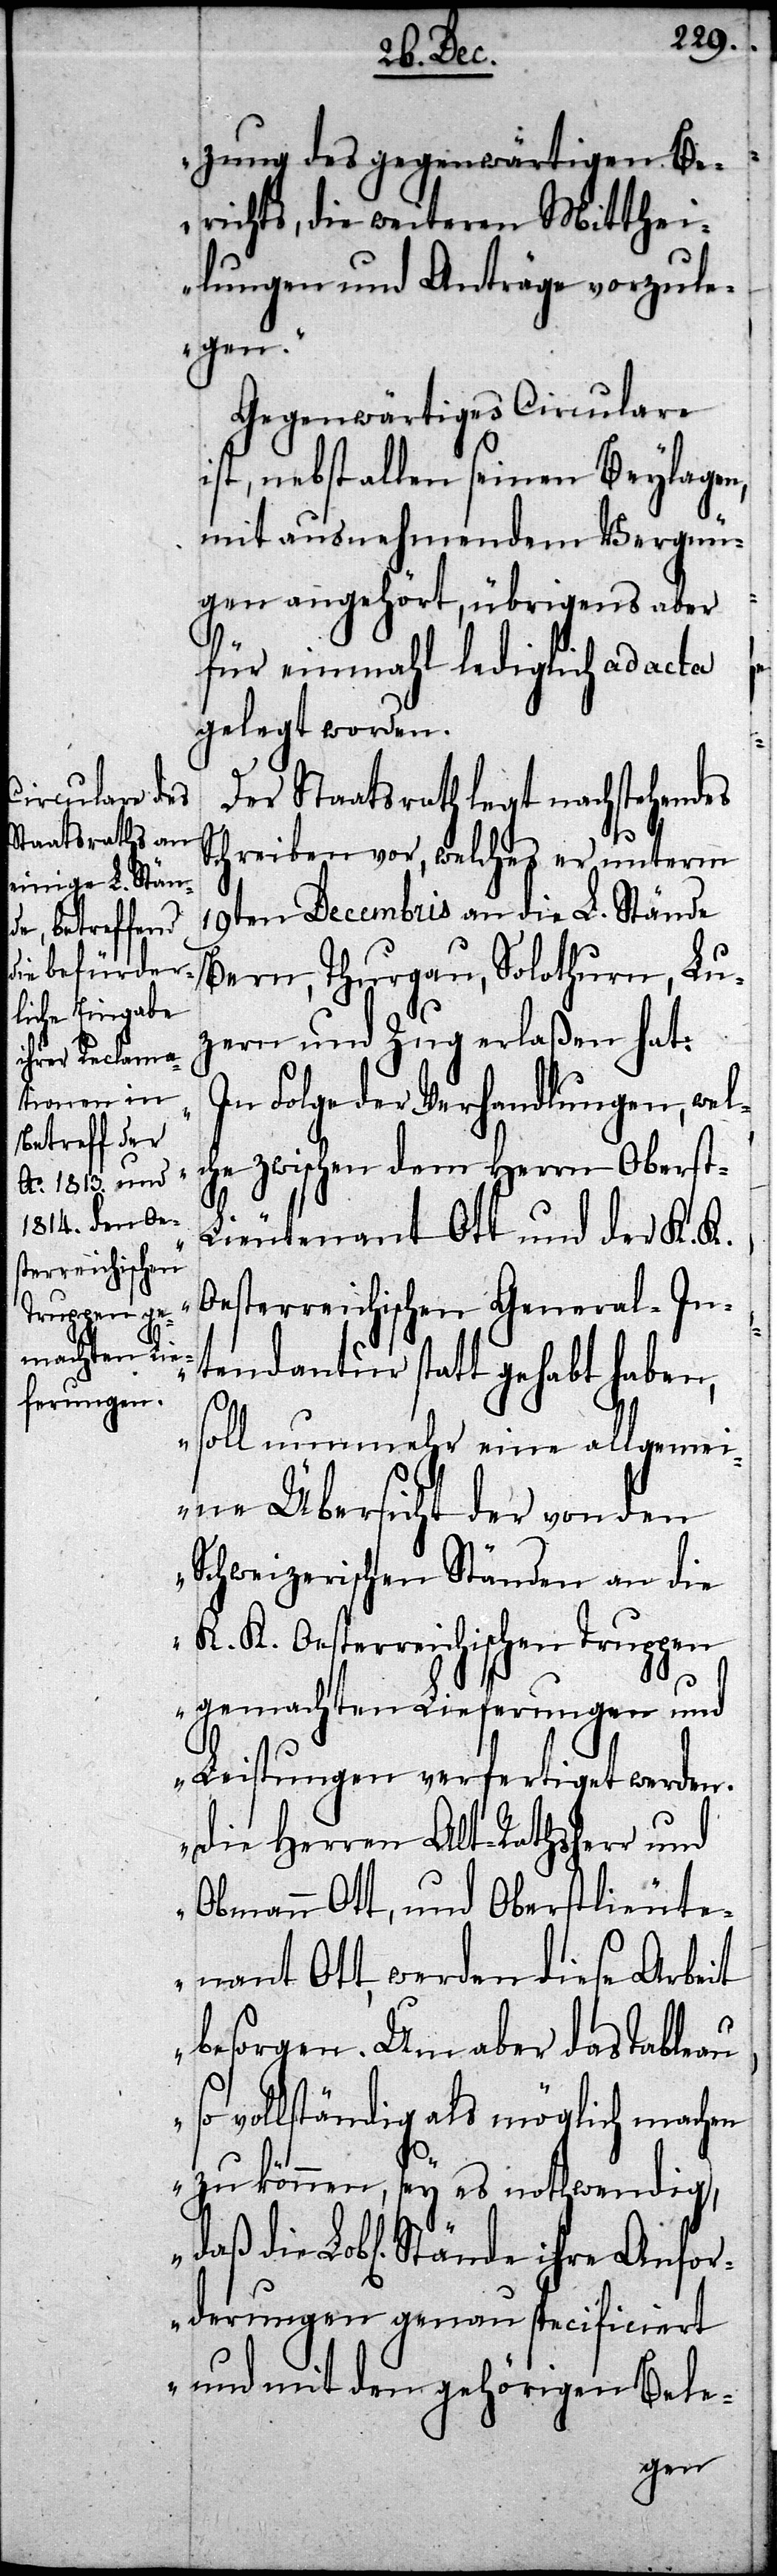
zung des gegenwärtigen Be¬
richts, die weiteren Mitthei¬
lungen und Anträge vorzule¬
gen.
Gegenwärtiges Circulare
ist, nebst allen seinen Beylagen,
mit ausnehmendem Vergnü¬
gen angehört, übrigens aber
für einmahl lediglich ad acta
gelegt worden.
Der Staatsrath legt nachstehendes
Schreiben vor, welches er unterm
19ten Decembris an die L. Stände
Bern, Thurgau, Solothurn, Lu¬
zern und Zug erlaßen hat:
n Folge der Verhandlungen, wel¬
che zwischen dem Herrn Oberst-L¬
ieutenant Ott und der K. K.
Oesterreichischen General-In¬
tendantur statt gehabt haben,
soll nunmehr eine allgemei¬
ne Übersicht der von den
Schweizerischen Ständen an die
K. K. Oesterreichischen Truppen
gemachten Lieferungen und
Leistungen verfertiget werden.
Die Herren Alt-Rathsherr und
Obmann Ott, und Oberstlieute¬
nant Ott, werden diese Arbeit
besorgen. Um aber das Tableau
vollständig als möglich machen
„I¬
zu können, sey es nothwendig,
daß die Lobl. Stände ihre Anfor¬
derungen genau specificiert
und mit den gehörigen Bele-